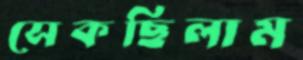
সেকছিলাম